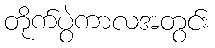
တိုက်ပွဲကာလအတွင်း